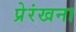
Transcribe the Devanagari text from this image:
प्रेरंखना